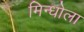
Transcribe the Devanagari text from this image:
मिन्धोला